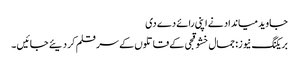
جاوید میانداد نے اپنی رائے دے دی
بریکنگ نیوز: جمال خشوقجی کے قاتلوں کے سر قلم کر دیئے جائیں ۔